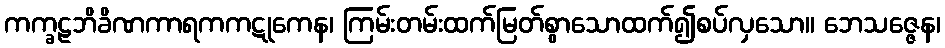
ကက္ခဠဘိခိဏကာရကကဋုကေန၊ ကြမ်းတမ်းထက်မြတ်စွာသောထက်၍စပ်လှသော။ ဘေသဇ္ဇေန၊